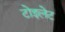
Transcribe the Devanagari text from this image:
टोइलेट